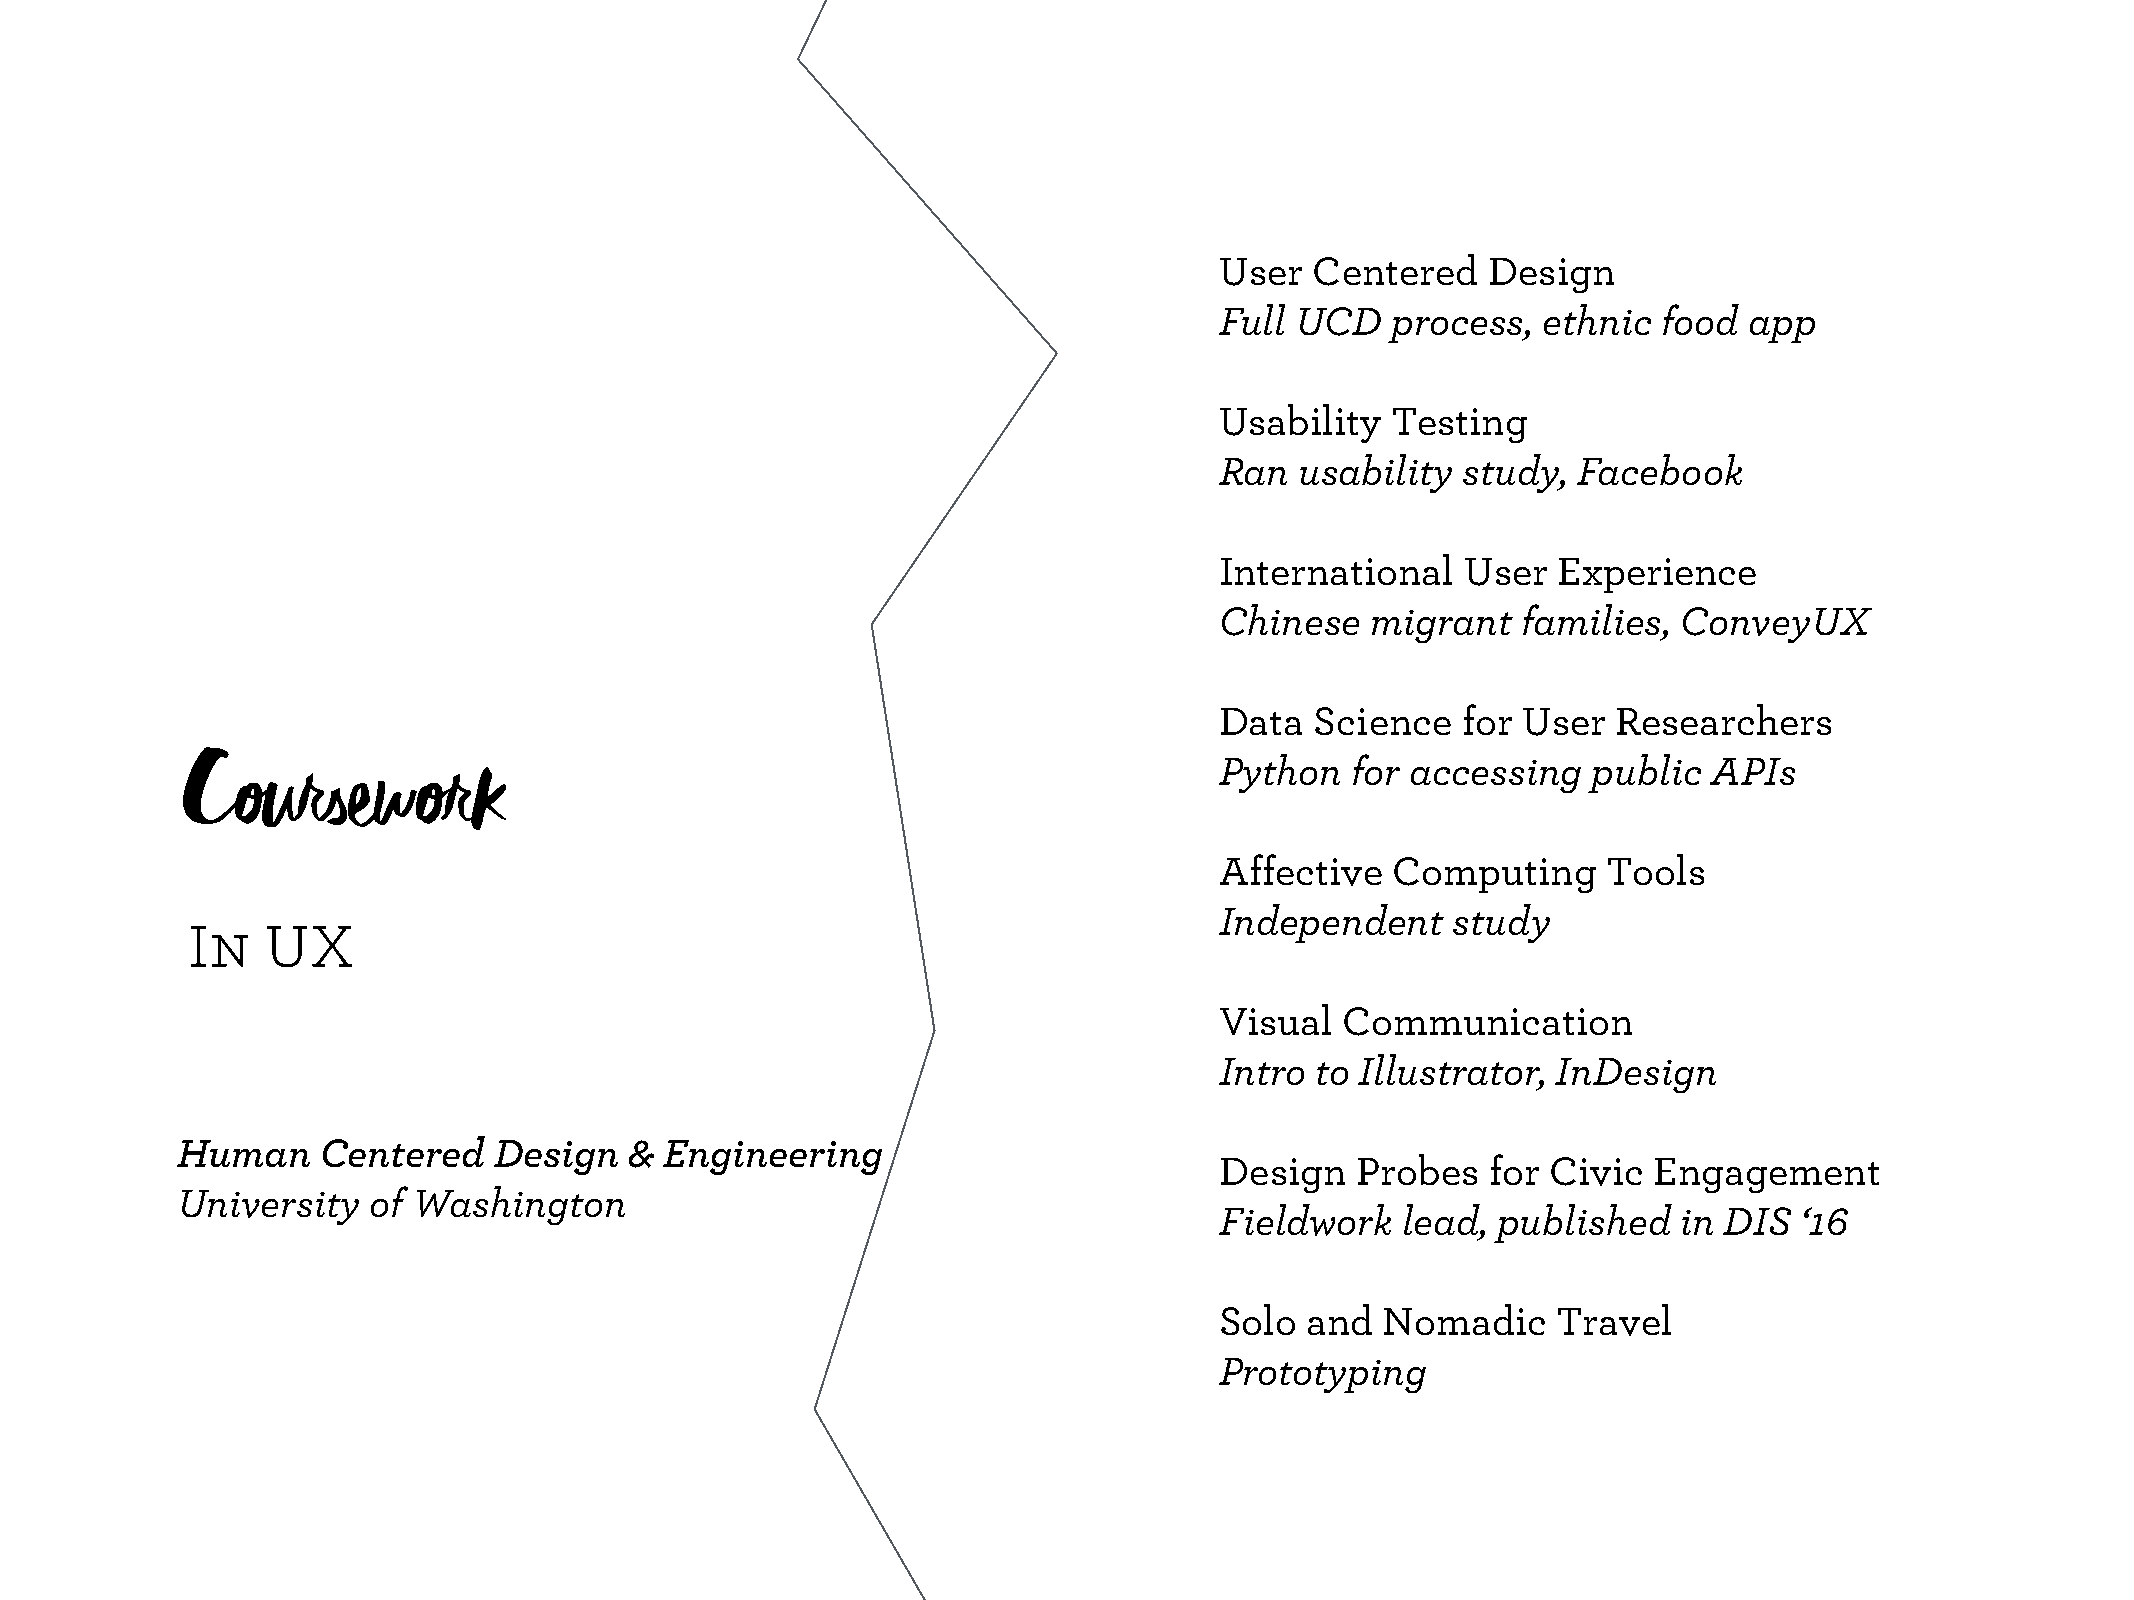
User  Centered   Design
 Full UCD   process,  ethnic  food  app
 Usability  Testing
 Ran  usability  study, Facebook
 International   User  Experience
 Chinese   migrant   families, ConveyUX
 Data  Science   for User  Researchers
 Python  for accessing   public  APIs
 Coursework
 Affective  Computing     Tools
 Independent    study
 In    UX
 Visual  Communication
 Intro to Illustrator, InDesign
 Human    Centered    Design   & Engineering
 Design   Probes   for Civic Engagement
 University  of Washington
 Fieldwork   lead, published   in DIS  ‘16
 Solo and   Nomadic    Travel
 Prototyping